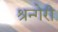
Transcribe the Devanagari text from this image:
श्रन्गेरी